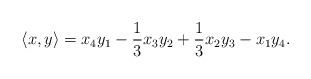
LaTeX: \begin{align*}\langle x, y \rangle = x_4y_1 - \frac{1}{3}x_3y_2 + \frac{1}{3}x_2y_3 -x_1y_4.\end{align*}